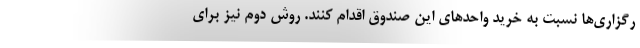
رگزاری‌ها نسبت به خرید واحدهای این صندوق اقدام کنند. روش دوم نیز برای